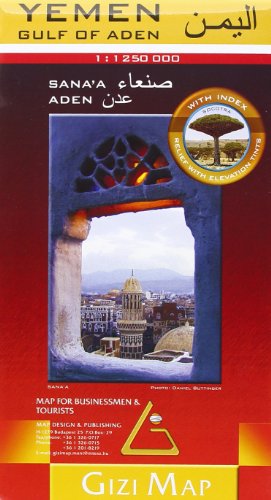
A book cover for Yemen Geographical Gulf of Aden: GIZI. 1:1 250 000; Gizi Map; Travel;